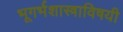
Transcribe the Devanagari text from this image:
भूगर्भशास्त्राविषयी